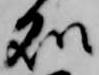
処